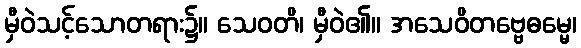
မှီဝဲသင့်သောတရား၌။ သေဝတိ၊ မှီဝဲ၏။ အသေဝိတဗ္ဗေဓမ္မေ၊